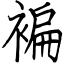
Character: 褊